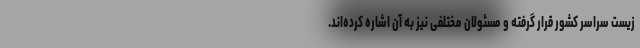
زیست سراسر کشور قرار گرفته و مسئولان مختلفی نیز به آن اشاره کرده‌اند.